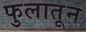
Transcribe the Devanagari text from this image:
फुलातून